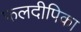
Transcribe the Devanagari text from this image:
फलदीपिका